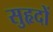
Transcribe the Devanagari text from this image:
सुहृदों